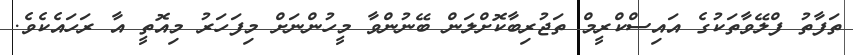
ތަފާތު ފްލޭވާތަކުގެ އައިސްކްރީމް ތަޖުރިބާކޮށްލަން ބޭނުންވާ މީހުންނަށް މިފަހަރު މިއޮތީ އާ ރަހައެކެވެ.